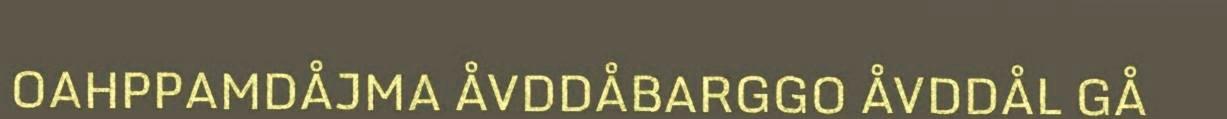
OAHPPAMDÅJMA ÅVDDÅBARGGO ÅVDDÅL GÅ